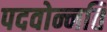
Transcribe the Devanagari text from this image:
पदवोन्नति